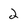
Character: 2